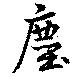
塵